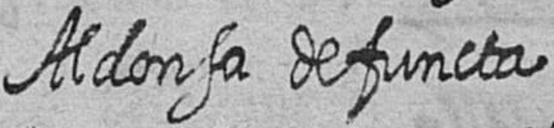
Aldonsa defuncta